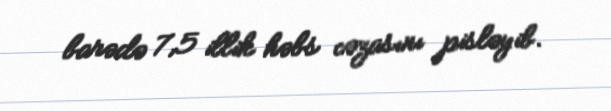
barədə 7,5 illik həbs cəzasını pisləyib.